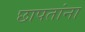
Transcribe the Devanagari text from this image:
छापतांना